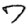
Digit: 7